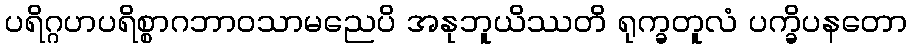
ပရိဂ္ဂဟပရိစ္စာဂဘာဝသာမညေပိ အနုဘူယိဿတိ ရုက္ခတူလံ ပက္ခိပနတော